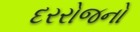
દરરોજનો